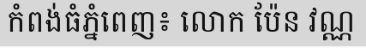
កំពង់ធំភ្នំពេញ៖ លោក ប៉ែន វណ្ណ